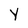
Character: Y